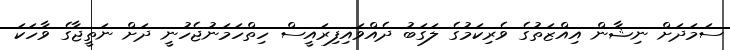
ސަމަދަށް ނިޝާން އިއްޒަތުގެ ވެރިކަމުގެ ލަގަބު ދެއްވައިފިރައީސް ހިތްހަމަނުޖެހުނީ ދަށް ނަތީޖާގެ ވާހަކަ